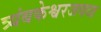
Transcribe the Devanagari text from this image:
त्र्यंबकेश्वरजवळ